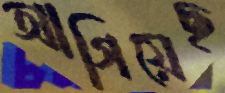
আগিয়েছ